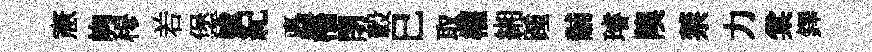
憲峋𥠇𠰥堡媮紀矗檣閉轂巳取權緗踵黼璿隩禁力棠鐸